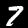
Digit: 7